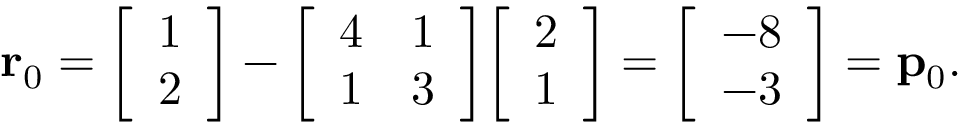
\mathbf { r } _ { 0 } = { \left[ \begin{array} { l } { 1 } \\ { 2 } \end{array} \right] } - { \left[ \begin{array} { l l } { 4 } & { 1 } \\ { 1 } & { 3 } \end{array} \right] } { \left[ \begin{array} { l } { 2 } \\ { 1 } \end{array} \right] } = { \left[ \begin{array} { l } { - 8 } \\ { - 3 } \end{array} \right] } = \mathbf { p } _ { 0 } .